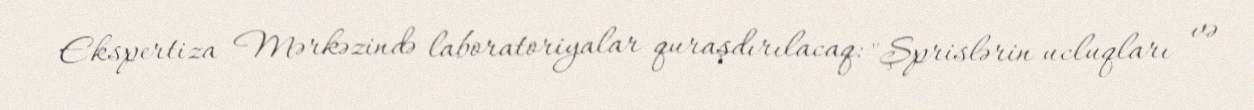
Ekspertiza Mərkəzində laboratoriyalar quraşdırılacaq: "Şprislərin ucluqları və